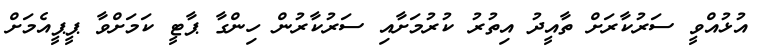
އުޅުއްވީ ސަރުކާރަށް ތާއީދު އިތުރު ކުރުމަށާއި ސަރުކާރުން ހިންގާ ޕާޓީ ކަމަށްވާ ޕީޕީއެމަށް